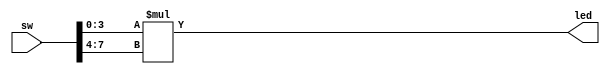
module abc(
    input [7:0] sw,
    output [7:0] led
    );

assign led = sw[3:0] * sw[7:4];

endmodule